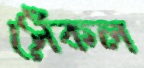
সেঁকল